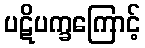
ပဋိပက္ခကြောင့်